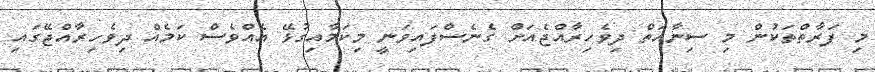
މި ފަރާތްތަކުން މި ސިނާއަތް ދިވެހިރާއްޖެއަށް ގެނެސްފައިވަނީ މިކަމާއިގުޅޭ އެއްވެސް ކަމެއް ދިވެހިރާއްޖޭގައި